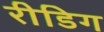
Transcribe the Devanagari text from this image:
रीडिग